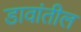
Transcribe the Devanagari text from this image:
डावांतील